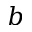
b